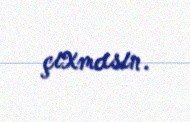
çıxmasın.